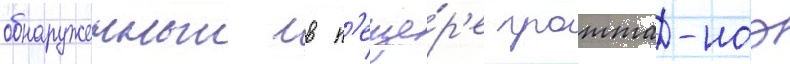
обнаруженныи в п'еще́р'е гротта-ноэ